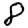
Digit: 8